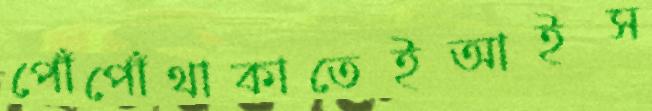
পোঁপোঁথাকাতেইআইস